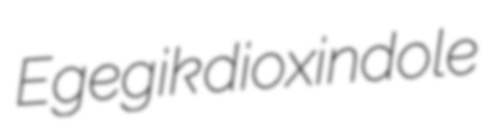
Egegik dioxindole